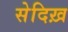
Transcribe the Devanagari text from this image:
सेदिख़